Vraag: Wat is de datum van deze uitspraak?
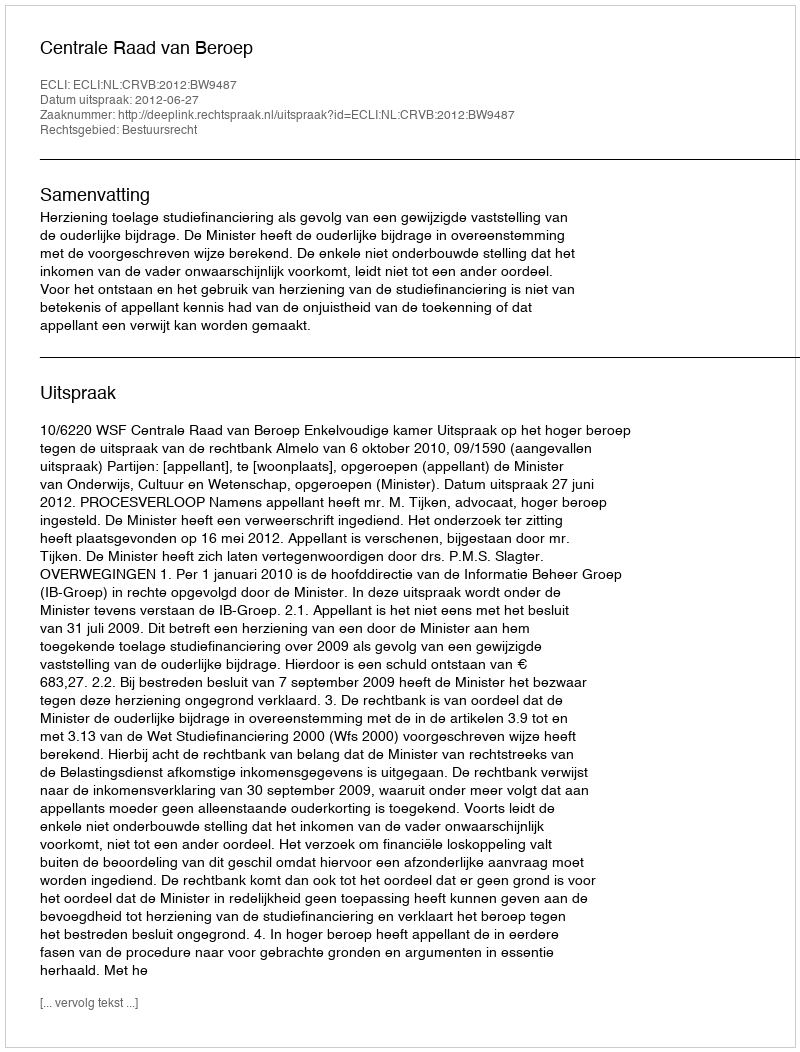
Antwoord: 2012-06-27